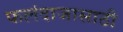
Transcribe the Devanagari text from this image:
फलंदाजासाठी